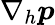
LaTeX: \nabla_{h}\boldsymbol{p}